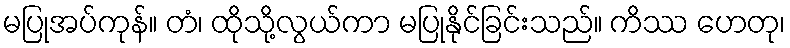
မပြုအပ်ကုန်။ တံ၊ ထိုသို့လွယ်ကာ မပြုနိုင်ခြင်းသည်။ ကိဿ ဟေတု၊